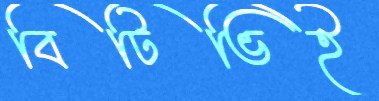
বিটিভিই